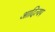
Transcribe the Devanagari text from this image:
आदित्यप